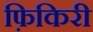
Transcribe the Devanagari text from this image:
फ़िकिरी